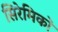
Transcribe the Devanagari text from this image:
सिरेमिकों